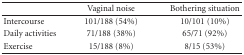
<table><thead><tr><td></td><td><b>Vaginal noise</b></td><td><b>Bothering situation</b></td></tr></thead><tbody><tr><td>Intercourse</td><td>101/188 (54%)</td><td>10/101 (10%)</td></tr><tr><td>Daily activities</td><td>71/188 (38%)</td><td>65/71 (92%)</td></tr><tr><td>Exercise</td><td>15/188 (8%)</td><td>8/15 (53%)</td></tr></tbody></table>